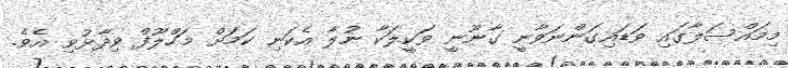
މިމައްސަލާގައި ވަޑައިގަންނަވާނީ ގާނޫނީ ވަކީލަކާ ނުލާ އެކަނި ކަމަށް މަހްލޫފް ވިދާޅުވި އެވެ.